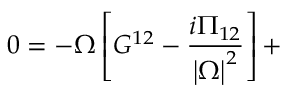
0 = - \Omega \left[ G ^ { 1 2 } - \frac { i \Pi _ { 1 2 } } { \left| \Omega \right| ^ { 2 } } \right] +